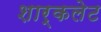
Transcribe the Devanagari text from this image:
शार्कलेट